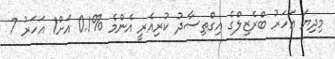
މިދިޔަ އަހަރު ބްރެޒިލްގެ އިގްތިސާދު ކުރިއެރީ އެންމެ %0.1 އަށް1 އަހަރު 7